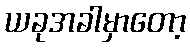
ယခုအခါမှာတော့